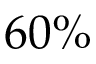
6 0 \%